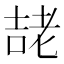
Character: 𭈱